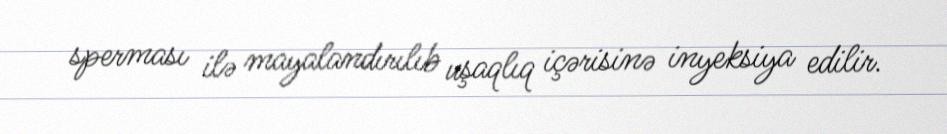
sperması ilə mayalandırılıb uşaqlıq içərisinə inyeksiya edilir.